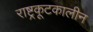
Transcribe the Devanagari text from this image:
राष्ट्रकूटकालीन